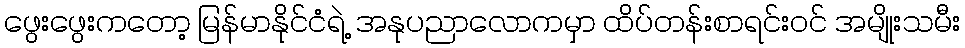
ဖွေးဖွေးကတော့ မြန်မာနိုင်ငံရဲ့ အနုပညာလောကမှာ ထိပ်တန်းစာရင်းဝင် အမျိုးသမီး